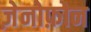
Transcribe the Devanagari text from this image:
ज़ेनोफ़ोन